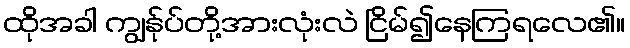
ထိုအခါ ကျွန်ုပ်တို့အားလုံးလဲ ငြိမ်၍နေကြရလေ၏။